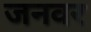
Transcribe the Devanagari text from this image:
जनवर